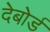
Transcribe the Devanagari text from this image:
देबोर्ड